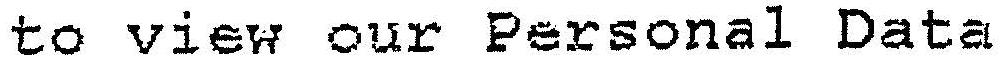
TO VIEW OUR PERSONAL DATE